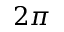
2 { \pi }